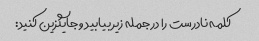
کلمه نادرست را در جمله زیر بیابید و جایگزین کنید: